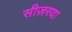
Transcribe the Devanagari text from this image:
सीज़रया